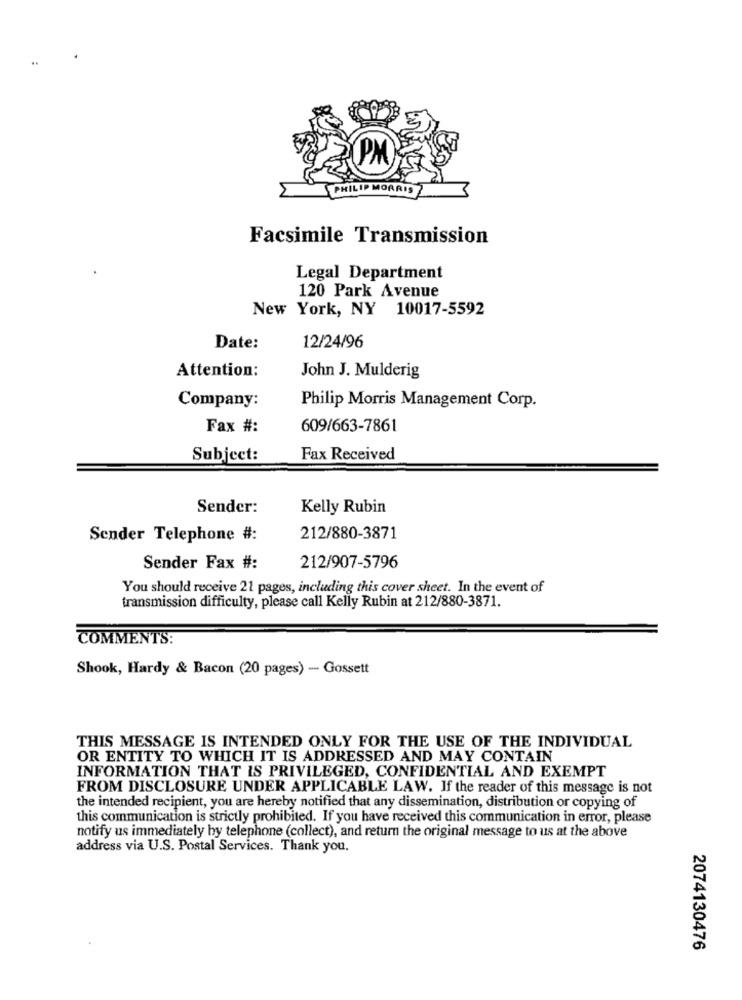
PHILI
MORRIS
Facsimile Transmission
Legal Department
120 Park Avenue
New York, NY 10017-5592
Date:
12/24/96
Attention:
John J. Mulderig
Company:
Philip Morris Management Corp.
Fax #:
609/663-7861
Subject:
Fax Received
Sender:
Kelly Rubin
Sender Telephone #:
212/880-3871
Sender Fax #:
212/907-5796
You should receive 21 pages, including this cover sheet. In the event of
transmission difficulty, please call Kelly Rubin at 212/880-3871.
COMMENTS:
Shook, Hardy & Bacon (20 pages) - Gossett
THIS MESSAGE IS INTENDED ONLY FOR THE USE OF THE INDIVIDUAL
OR ENTITY TO WHICH IT IS ADDRESSED AND MAY CONTAIN
INFORMATION THAT IS PRIVILEGED, CONFIDENTIAL AND EXEMPT
FROM DISCLOSURE UNDER APPLICABLE LAW. If the reader of this message is not
the intended recipient, you are hereby notified that any dissemination, distribution or copying of
this communication is strictly prohibited. If you have received this communication in error, please
notify us immediately by telephone (collect), and return the original message to us at the above
address via U.S. Postal Services. Thank you.
2074130476